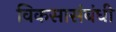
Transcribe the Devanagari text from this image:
विकसासंबंधी